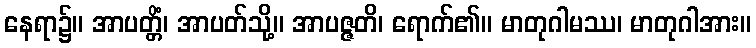
နေရာ၌။ အာပတ္တိံ၊ အာပတ်သို့။ အာပဇ္ဇတိ၊ ရောက်၏။ မာတုဂါမဿ၊ မာတုဂါအား။